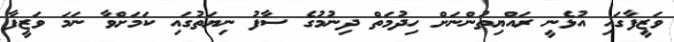
ވަޒީފާގައި އުޅެނީ ރައްޔިތުންނަށް ހިދުމަތް ދިނުމުގެ ސާފު ނިޔަތުގައި ކަމަށްވާ ނަމަ ވަޒީފާ